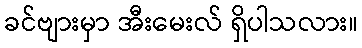
ခင်ဗျားမှာ အီးမေးလ် ရှိပါသလား။